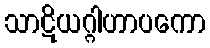
သာဋိယဂ္ဂါဟာပကော